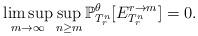
LaTeX: \begin{align*}\limsup_{m \to \infty} \sup_{n \geq m} \mathbb P_{T_r^{n}}^\theta [E^{r\to m}_{T_r^n}]=0 . \end{align*}